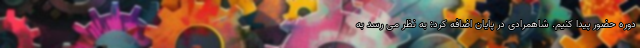
دوره حضور پیدا کنیم. شاهمرادی در پایان اضافه کرد: به نظر می رسد به